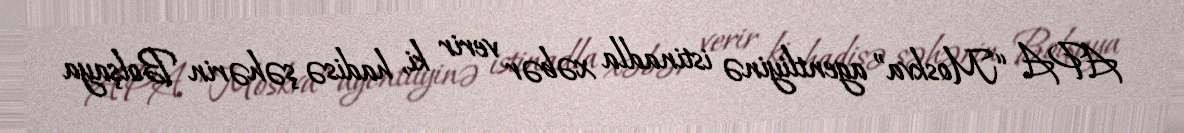
APA “Moskva” agentliyinə istinadla xəbər verir ki, hadisə şəhərin Bolşaya